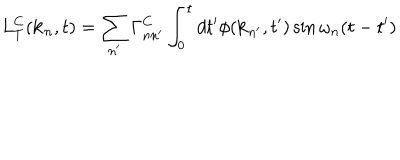
LaTeX: L _ { T } ^ { C } ( { \bf k } _ { n } , t ) = \sum _ { n ^ { \prime } } \Gamma _ { n n ^ { \prime } } ^ { C } \int _ { 0 } ^ { t } d t ^ { \prime } \phi ( { \bf k } _ { n ^ { \prime } } , t ^ { \prime } ) \sin \omega _ { n } ( t - t ^ { \prime } )